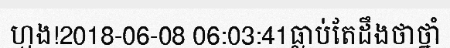
ហ្មង!2018-06-08 06:03:41ធ្លាប់តែដឹងថាថ្នាំ